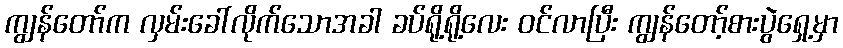
ကျွန်တော်က လှမ်းခေါ်လိုက်သောအခါ ခပ်ရို့ရို့လေး ဝင်လာပြီး ကျွန်တော့်စားပွဲရှေ့မှာ